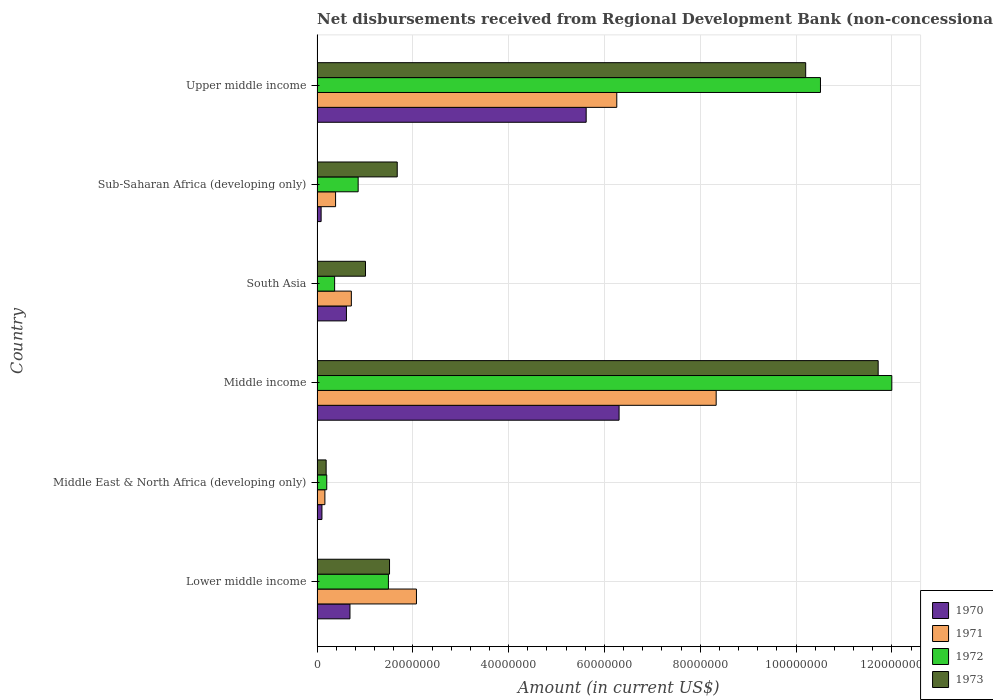
| Country | 1970 | 1971 | 1972 | 1973 |
 | --- | --- | --- | --- | --- |
 | Lower middle income | 6.87e+06 | 2.08e+07 | 1.49e+07 | 1.51e+07 |
 | Middle East & North Africa (developing only) | 1.02e+06 | 1.64e+06 | 2.02e+06 | 1.9e+06 |
 | Middle income | 6.31e+07 | 8.33e+07 | 1.2e+08 | 1.17e+08 |
 | South Asia | 6.13e+06 | 7.16e+06 | 3.67e+06 | 1.01e+07 |
 | Sub-Saharan Africa (developing only) | 8.5e+05 | 3.87e+06 | 8.58e+06 | 1.67e+07 |
 | Upper middle income | 5.62e+07 | 6.26e+07 | 1.05e+08 | 1.02e+08 |